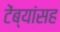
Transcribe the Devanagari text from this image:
टेंब्यांसह